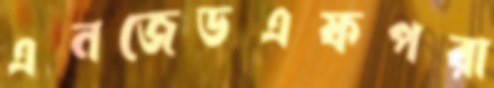
এনজেডএফপরা